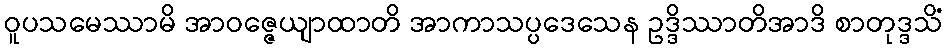
ဝူပသမေဿာမိ အာဝဇ္ဇေယျာထာတိ အာကာသပ္ပဒေသေန ဥဒ္ဒိဿာတိအာဒိ စာတုဒ္ဒသိံ